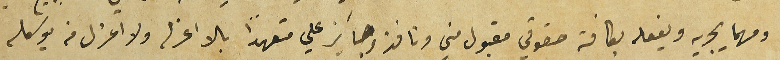
ومهما يجريه ويفعله بكافة حقوقي مقبول مني ونافذ وجآيز علي متعهداً بالا اعزله ولا اعزل من يوكله